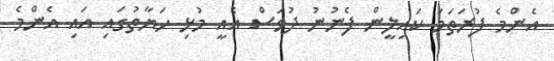
އެންމެ ފުރަތަމަ ކައިލީން ފެނުނު ދުވަސް އެއީ މުޅި ހަޔާތުގައި އައި އެންމެ